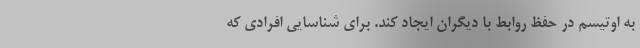
به اوتیسم در حفظ روابط با دیگران ایجاد کند. برای شناسایی افرادی که